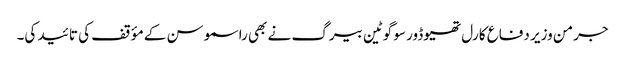
جرمن وزیر دفاع کارل تھیوڈور سو گوٹین بیرگ نے بھی راسموسن کے مؤقف کی تائید کی۔